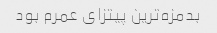
بدمزه‌ترین پیتزای عمرم بود